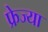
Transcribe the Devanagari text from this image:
फ्रेज्या